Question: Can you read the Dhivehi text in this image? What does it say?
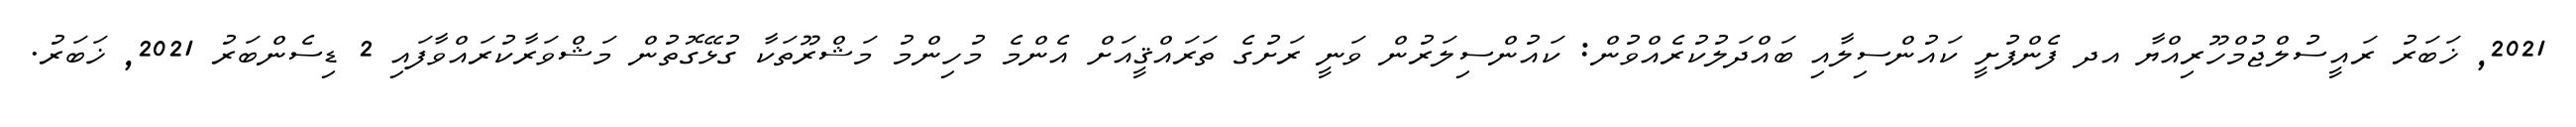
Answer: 2021, ޚަބަރު ރައީސުލްޖުމްހޫރިއްޔާ އދ ފެންފުށީ ކައުންސިލާއި ބައްދަލުކުރެއްވުން: ކައުންސިލަރުން ވަނީ ރަށުގެ ތަރައްޤީއަށް އެންމެ މުހިންމު މަޝްރޫތަކާ ގުޅޭގޮތުން މަޝްވަރާކުރައްވާފައި 2 ޑިސެންބަރު 2021, ޚަބަރު.